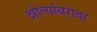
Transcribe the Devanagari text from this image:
श्रोत्यांबरोबर